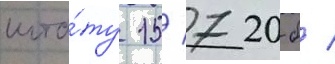
шта́ту 15/ 720-б /